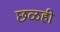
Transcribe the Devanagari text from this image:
छळही